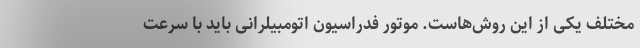
مختلف یکی از این روش‌هاست. موتور فدراسیون اتومبیلرانی باید با سرعت